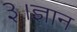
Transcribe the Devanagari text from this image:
३।ज्ञान